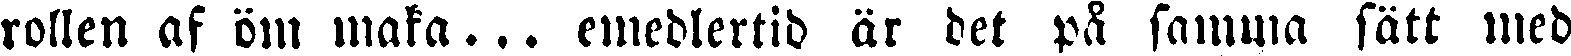
rollen af öm maka... emedlertid är det på samma sätt med